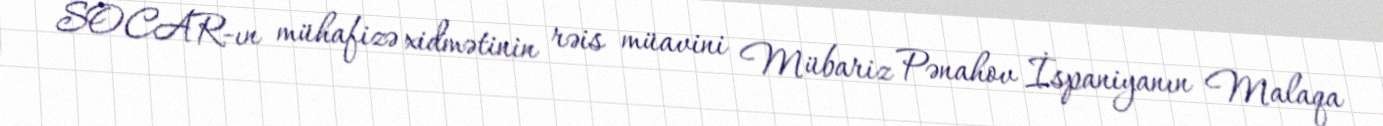
SOCAR-ın mühafizə xidmətinin rəis müavini Mübariz Pənahov İspaniyanın Malaqa